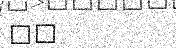
٨٥